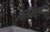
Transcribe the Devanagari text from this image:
हर्राभरा